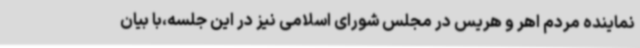
نماینده مردم اهر و هریس در مجلس شورای اسلامی نیز در این جلسه،با بیان